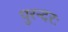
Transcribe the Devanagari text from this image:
पुरन्दरः